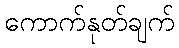
ကောက်နုတ်ချက်